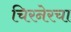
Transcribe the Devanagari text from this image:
चिरनेरचा